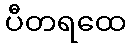
ပီတရထေ